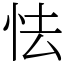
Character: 怯